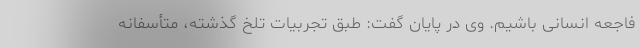
فاجعه انسانی باشیم. وی در پایان گفت: طبق تجربیات تلخ گذشته، متأسفانه